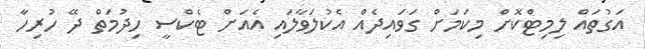
އަގުތައް ލިމިޓްކޮށް މިކަމަށް ގަވައިދެއް އެކުލަވާލައި އެއަށް ޓެކްސީ ހިދުމަތް ދޭ ހުރިހާ